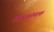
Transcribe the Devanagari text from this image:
अक्षरसंख्याक